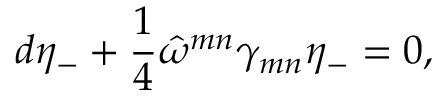
d \eta _ { - } + \frac { 1 } { 4 } \hat { \omega } ^ { m n } \gamma _ { m n } \eta _ { - } = 0 ,